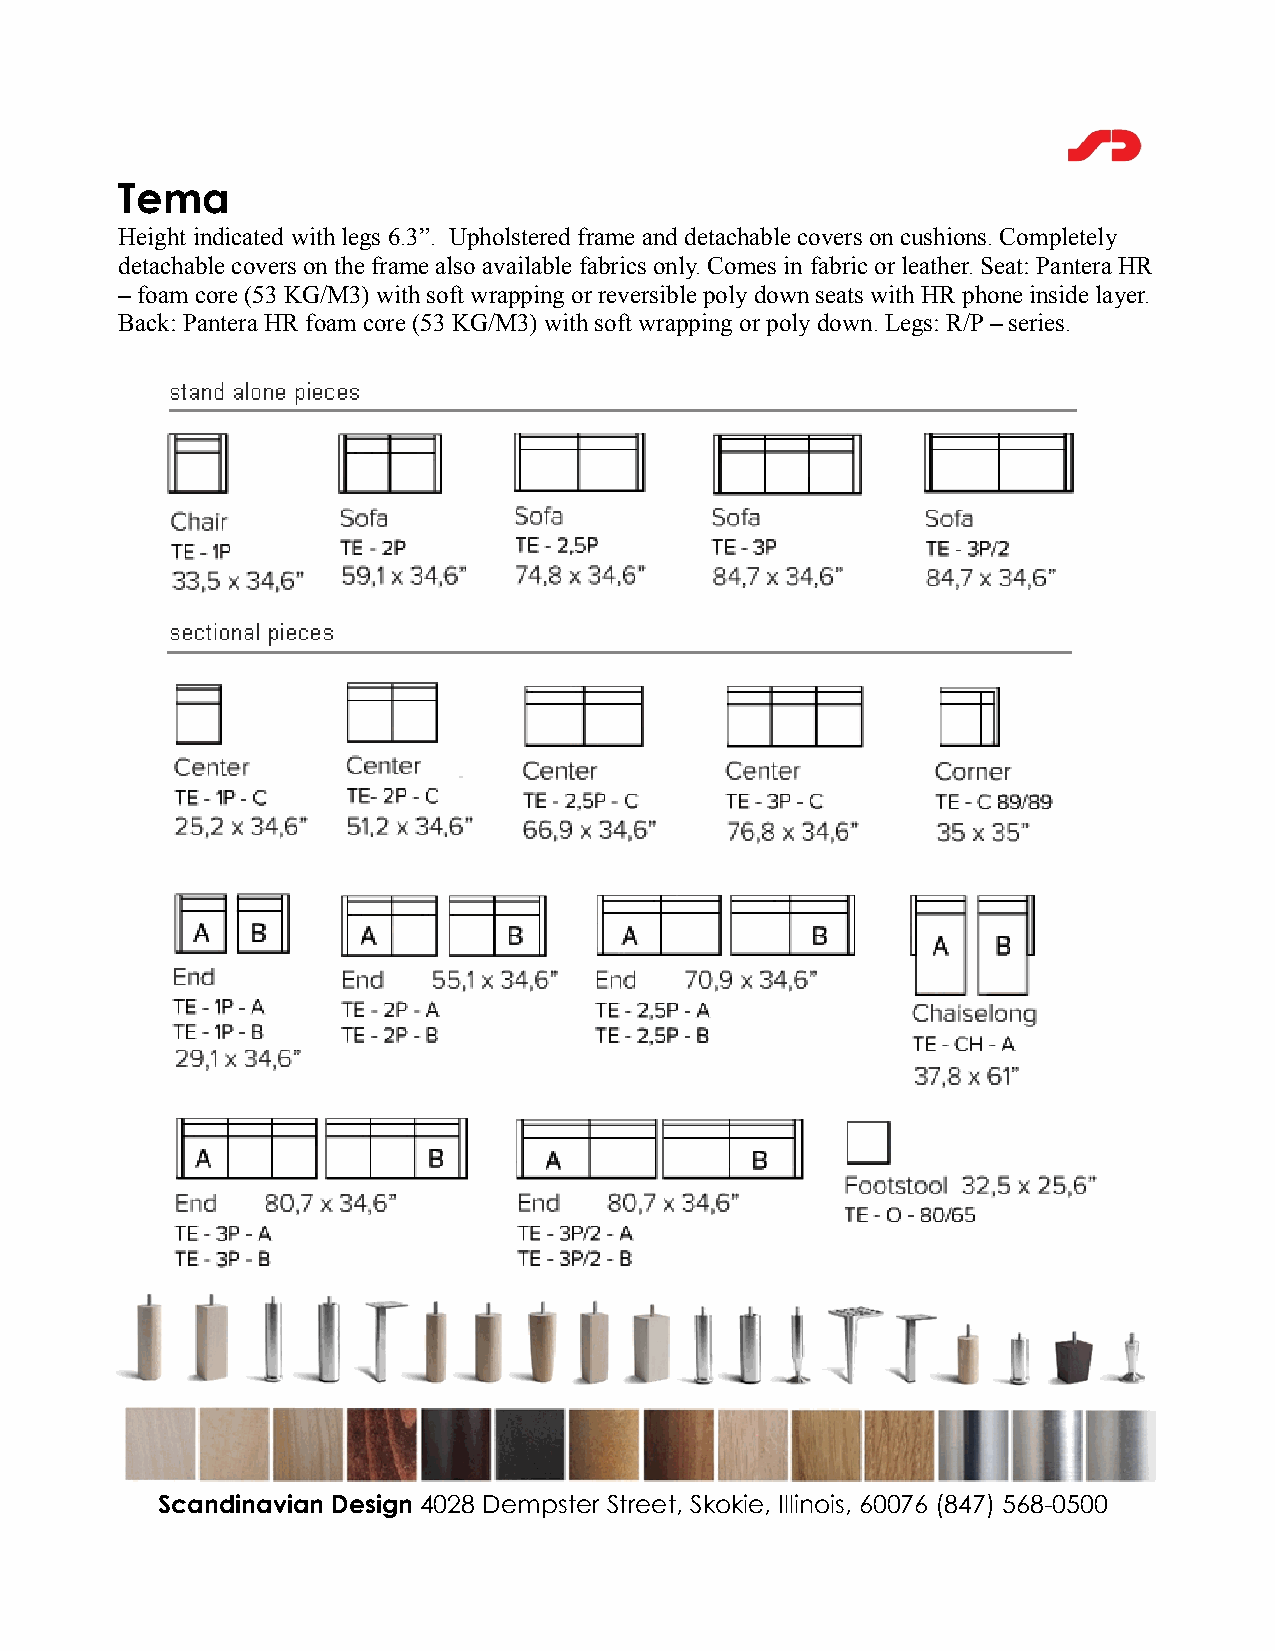
Tema
 Height indicated with legs 6.3”. Upholstered frame and detachable covers on cushions. Completely
 detachable covers on the frame also available fabrics only. Comes in fabric or leather. Seat: Pantera HR
 – foam core (53 KG/M3) with soft wrapping or reversible poly down seats with HR phone inside layer.
 Back: Pantera HR foam core (53 KG/M3) with soft wrapping or poly down. Legs: R/P – series.
 Scandinavian Design 4028 Dempster Street, Skokie, Illinois, 60076 (847) 568-0500